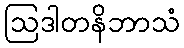
ဩဒါတနိဘာသံ